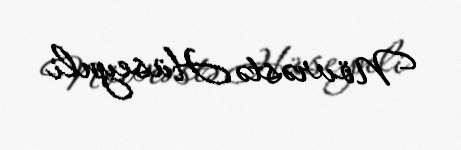
Növrəstə Hüseynli